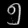
Digit: ၅